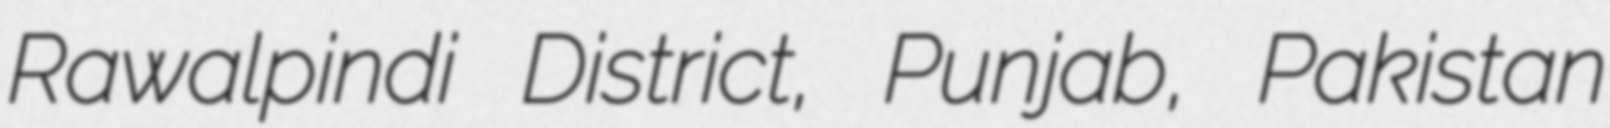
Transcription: Rawalpindi District, Punjab, Pakistan